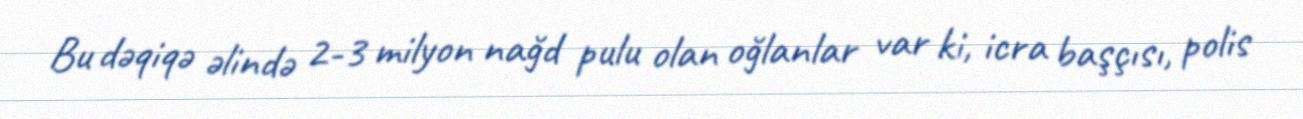
Bu dəqiqə əlində 2-3 milyon nağd pulu olan oğlanlar var ki, icra başçısı, polis